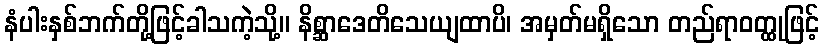
နံပါးနှစ်ဘက်တို့ဖြင့်ခါသကဲ့သို့။ နိစ္ဆာဒေတိသေယျထာပိ၊ အမှတ်မရှိသော တည်ရာဝတ္ထုဖြင့်